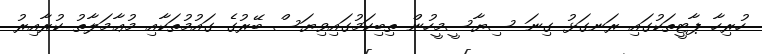
ހުރިހާ ޕާޓީތަކުގައި ރަނގަޅު ގިނަ ސިޔާސީމީހުން ތިބިކަމުގައިވިޔަސް ބޭރުގެ ގައުމުތަކާއި މުޢާމަލާތު ކުރާއިރު